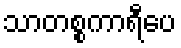
သာတစ္စကာရီပေ